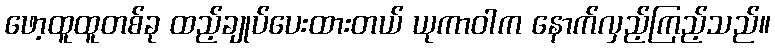
ဖော့ထူထူတစ်ခု ထည့်ချုပ်ပေးထားတယ် ယုကာဝါက နောက်လှည့်ကြည့်သည်။